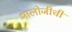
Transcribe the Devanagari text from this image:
मालोजीची